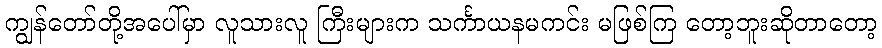
ကျွန်တော်တို့အပေါ်မှာ လူသားလူ ကြီးများက သင်္ကာယနမကင်း မဖြစ်ကြ တော့ဘူးဆိုတာတော့